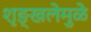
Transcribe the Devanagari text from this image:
शृङ्खलेमुळे